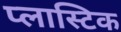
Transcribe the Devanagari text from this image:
प्‍लास्‍टिक